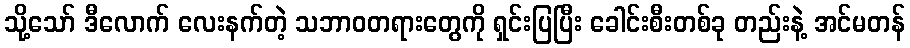
သို့သော် ဒီလောက် လေးနက်တဲ့ သဘာဝတရားတွေကို ရှင်းပြပြီး ခေါင်းစီးတစ်ခု တည်းနဲ့ အင်မတန်